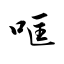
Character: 哐